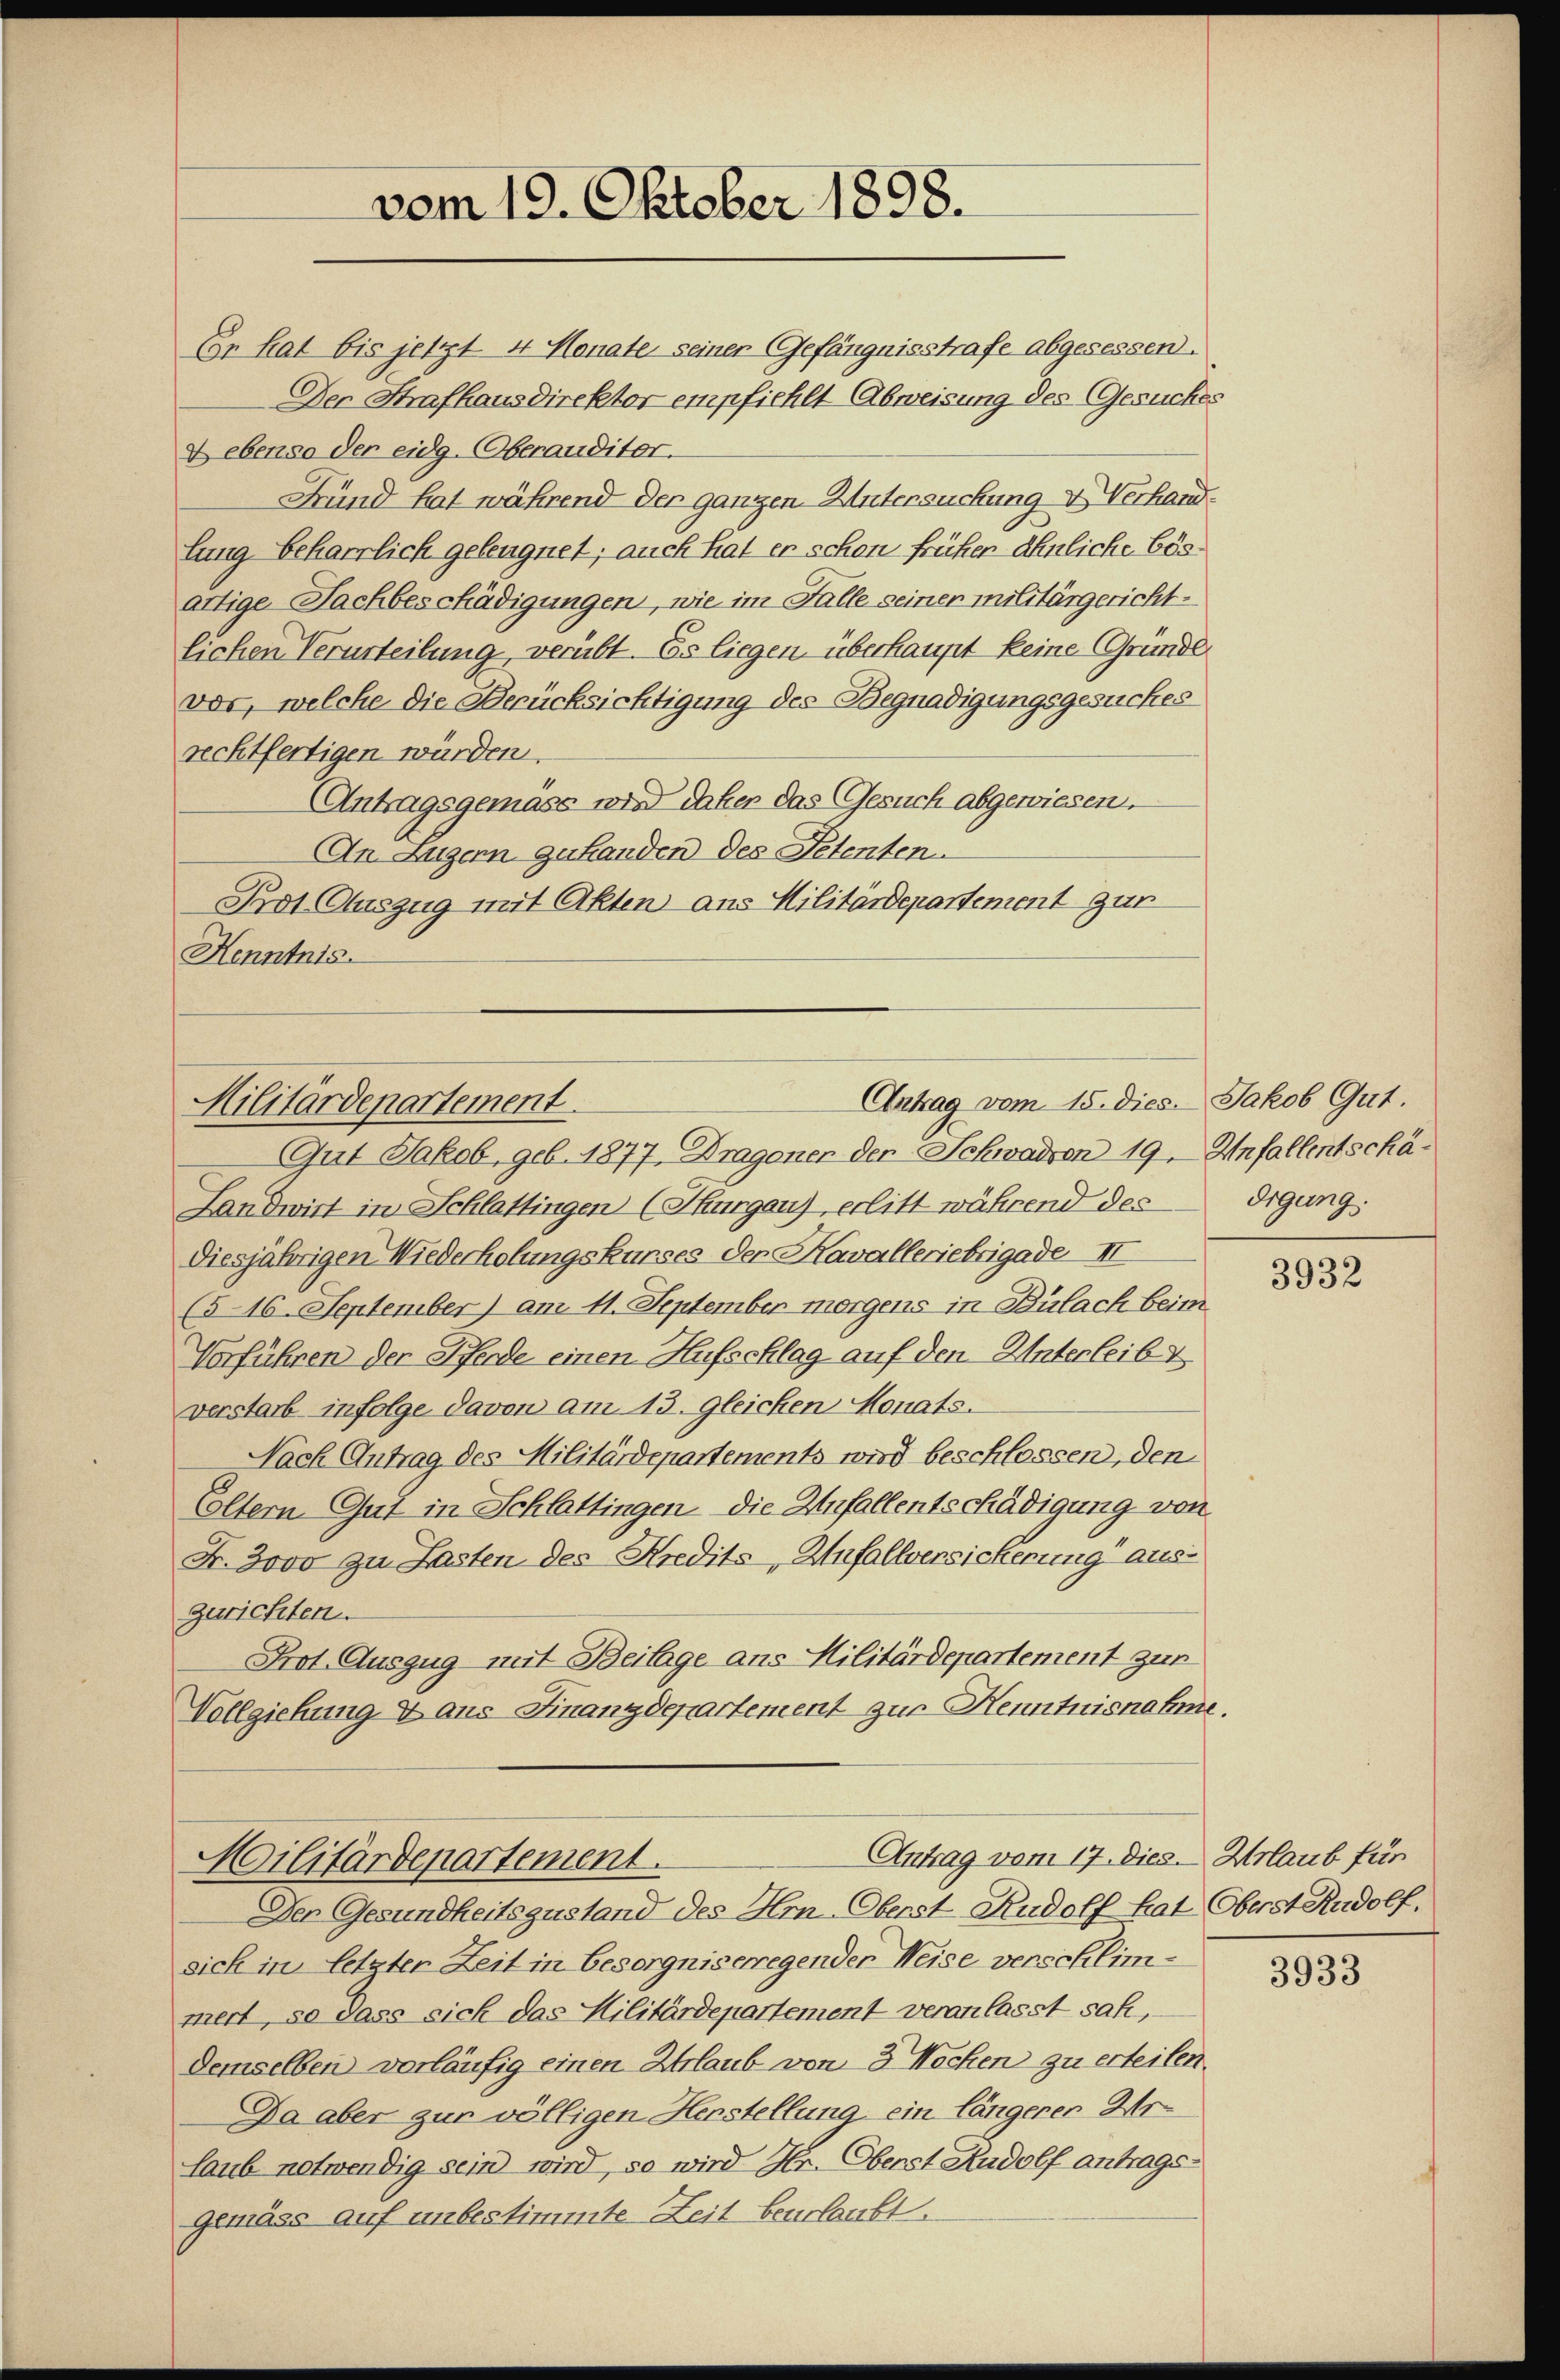
vom 19. Oktober 1898.

Er hat bis jetzt 4 Monate seiner Gefängnisstrafe abgesessen.
Der Strafhausdirektor empfiehlt Abweisung des Gesuches
U ebenso der eidg. Oberauditor.
Fund hat während der ganzen Untersuchung & Verhandlung beharrlich geleugnet; auch hat er schon früher ähnliche bösartige Fachbeschädigungen, wie im Falle seiner militärgerichtlichen Verurteilung, verübt. Es liegen überhaupt keine Gründe
vor, welche die Berücksichtigung des Begnadigungsgesuches
rechtfertigen würden.
Antragsgemäss wird daher das Gesuch abgewiesen.
An Luzern zuhanden des Petenten.
Prot. Auszug mit Akten aus Militärdepartement zur
Henntnis.

Antrag vom 15. dies. Jakob Gut.
Militärdepartement.
Gut Jakob, geb. 1877, Dragenen der Schwaden 19. Anfallentschä¬

Landwirt in Schlattingen (Thurgau), erlitt während des
diesjährigen Wiederholungskurses der Kavalleriebrigade II
(516. September) am 11. September morgens in Bülach beim
Vorführen der Pferde einen Aufschlag auf den Unterleibt
verstarb infolge davon am 13. Gleichen Monats.
Nach Antrag des Militärdepartements wird beschlossen, den
Eltern Gut in Schlattingen die Anfallentschädigung von
Fr. 3000 zu Lasten des Kredits, Zufallversicherung auszurichten.
Prot. Auszug mit Beilage ans Militärdepartement zur
Vollziehung 4 aus Finanzdepartement zur Henntnisnahme.

Antrag vom 17. Dies Urlaub für
Militärdepartement.

Den Gesundheitszustand des Hon-Oberst Rudolf hat Oberst Rudolf.
sich in letzter Zeit in besorgniserregender Weise verschlimmert, so dass sich das Militärdepartement veranlasst sah,
demselben vorläufig einen Erlaub von 3 Wochen zu erteilen.
Da aber zur völligen Herstellung ein längerer Arlaub notwendig sein wird, so wird Hr. Oberst Rudolf antragsgemäss auf unbestimmte Zeit beurlaubt.

digung.

3932

3933